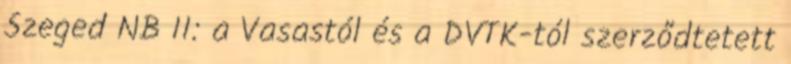
Szeged NB II: a Vasastól és a DVTK-tól szerződtetett